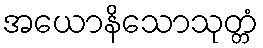
အယောနိသောသုတ္တံ